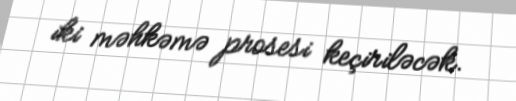
iki məhkəmə prosesi keçiriləcək.